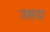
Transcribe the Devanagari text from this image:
उहदा